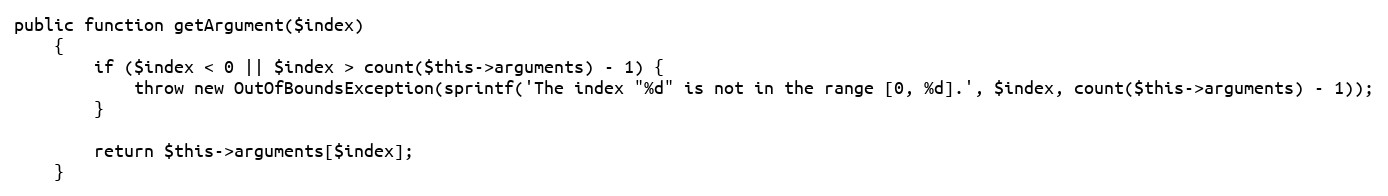
Language: PHP
public function getArgument($index)
    {
        if ($index < 0 || $index > count($this->arguments) - 1) {
            throw new OutOfBoundsException(sprintf('The index "%d" is not in the range [0, %d].', $index, count($this->arguments) - 1));
        }

        return $this->arguments[$index];
    }